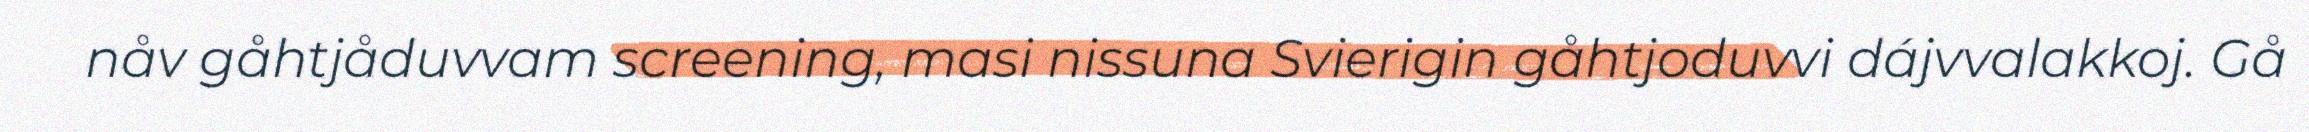
nåv gåhtjåduvvam screening, masi nissuna Svierigin gåhtjoduvvi dájvvalakkoj. Gå